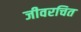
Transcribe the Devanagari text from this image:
जीवरचित